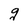
Character: g